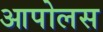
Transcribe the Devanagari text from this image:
आपोलस